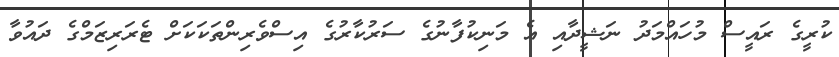
ކުރީގެ ރައީސް މުހައްމަދު ނަޝީދާއި އެ މަނިކުފާނުގެ ސަރުކާރުގެ އިސްވެރިންތަކަކަށް ޓެރަރިޒަމްގެ ދައުވާ